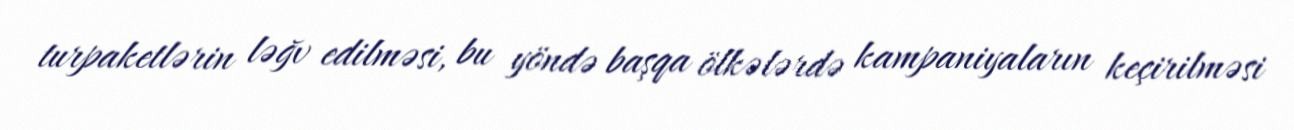
turpaketlərin ləğv edilməsi, bu yöndə başqa ölkələrdə kampaniyaların keçirilməsi